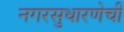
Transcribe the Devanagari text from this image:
नगरसुधारणेची